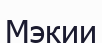
Мэкии